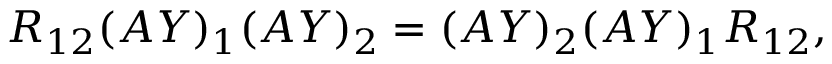
R _ { 1 2 } ( A Y ) _ { 1 } ( A Y ) _ { 2 } = ( A Y ) _ { 2 } ( A Y ) _ { 1 } R _ { 1 2 } ,